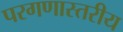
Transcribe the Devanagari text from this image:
परगणास्तरीय